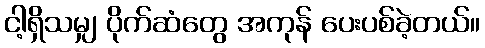
ငါ့ရှိသမျှ ပိုက်ဆံတွေ အကုန် ပေးပစ်ခဲ့တယ်။